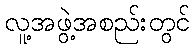
လူ့အဖွဲ့အစည်းတွင်